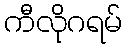
ကီလိုဂရမ်